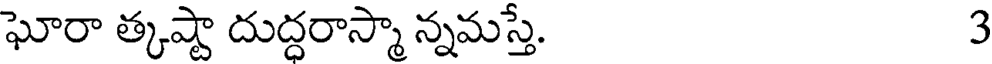
ఘోరా త్కష్టా దుద్ధరాస్మా న్నమస్తే. 3